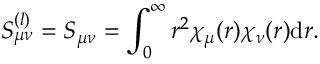
S _ { \mu \nu } ^ { ( l ) } = S _ { \mu \nu } = \int _ { 0 } ^ { \infty } r ^ { 2 } \chi _ { \mu } ( r ) \chi _ { \nu } ( r ) \mathrm { d } r .